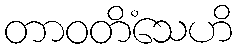
တာဝတိံသေဟိ